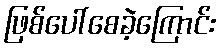
ဖြစ်ပေါ်စေခဲ့ကြောင်း